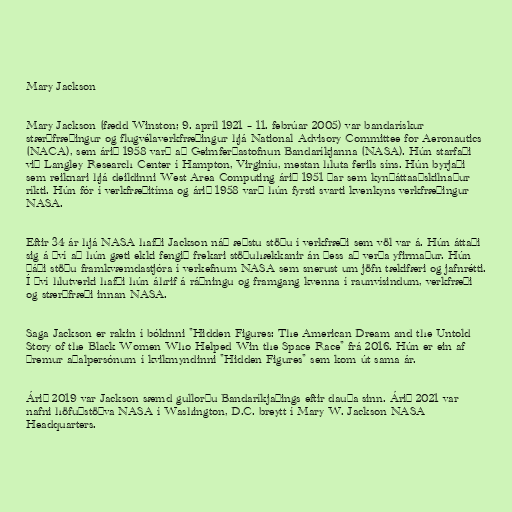
Mary Jackson

Mary Jackson (fædd Winston; 9. apríl 1921 – 11. febrúar 2005) var bandarískur
stærðfræðingur og flugvélaverkfræðingur hjá National Advisory Committee for Aeronautics
(NACA), sem árið 1958 varð að Geimferðastofnun Bandaríkjanna (NASA). Hún starfaði
við Langley Research Center í Hampton, Virginíu, mestan hluta ferils síns. Hún byrjaði
sem reiknari hjá deildinni West Area Computing árið 1951 þar sem kynþáttaaðskilnaður
ríkti. Hún fór í verkfræðitíma og árið 1958 varð hún fyrsti svarti kvenkyns verkfræðingur
NASA.

Eftir 34 ár hjá NASA hafði Jackson náð æðstu stöðu í verkfræði sem völ var á. Hún áttaði
sig á því að hún gæti ekki fengið frekari stöðuhækkanir án þess að verða yfirmaður. Hún
þáði stöðu framkvæmdastjóra í verkefnum NASA sem snerust um jöfn tækifæri og jafnrétti.
Í því hlutverki hafði hún áhrif á ráðningu og framgang kvenna í raunvísindum, verkfræði
og stærðfræði innan NASA.

Saga Jackson er rakin í bókinni "Hidden Figures: The American Dream and the Untold
Story of the Black Women Who Helped Win the Space Race" frá 2016. Hún er ein af
þremur aðalpersónum í kvikmyndinni "Hidden Figures" sem kom út sama ár.

Árið 2019 var Jackson sæmd gullorðu Bandaríkjaþings eftir dauða sinn. Árið 2021 var
nafni höfuðstöðva NASA í Washington, D.C. breytt í Mary W. Jackson NASA
Headquarters.